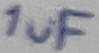
Text: 1uF